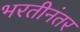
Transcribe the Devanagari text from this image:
भरतीनंतर